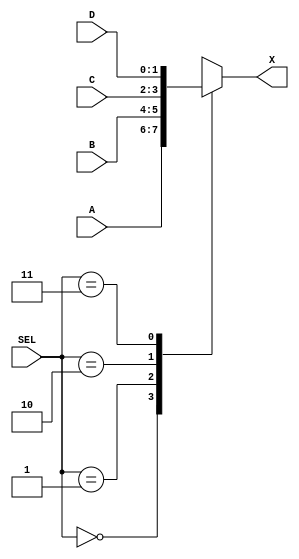
`timescale 1ns / 1ps
//////////////////////////////////////////////////////////////////////////////////
// Company: SUTD
// 
// Design Name: multiplexer DSL
// Module Name: multiplexer
// Project Name: HW2
// Target Devices: 
// Tool Versions: 
// Description: 
// 
// Dependencies: 
// 
// Revision:
// Revision 0.01 - File Created
// Additional Comments:
// 
//////////////////////////////////////////////////////////////////////////////////


//!DO NOT EDIT MODULE NAME AND PORT NAME!
module multiplexer(
    input [1:0]A,
    input [1:0]B,
    input [1:0]C,
    input [1:0]D,
    input [1:0]SEL,
    output [1:0]X
);

// Internal signal to hold and drive the output
reg [1:0] X_reg;
// Assign internal register to output
assign X = X_reg;
//TIPS: IN THE VERILOG CASE STATEMENT, YOU HAVE TO LIST ALL CONDITION TO AVIOD ANY AMBIGUOUS STATEMENT;
always @(A, B, C, D, SEL) begin // check against cases if there's any changes to the inputs
    case(SEL) // to list all the conditions and corresponding output X
        2'b00: X_reg <= A;
        2'b01: X_reg <= B;
        2'b10: X_reg <= C;
        2'b11: X_reg <= D;
        default: X_reg <= 2'bxx; // undefined X as the default
    endcase
end
endmodule